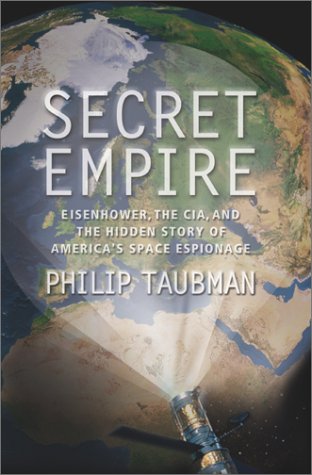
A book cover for Secret Empire: Eisenhower, the CIA, and the Hidden Story of America's Space Espionage; Philip Taubman; History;